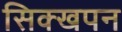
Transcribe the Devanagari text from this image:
सिक्खपन